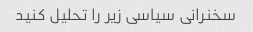
سخنرانی سیاسی زیر را تحلیل کنید